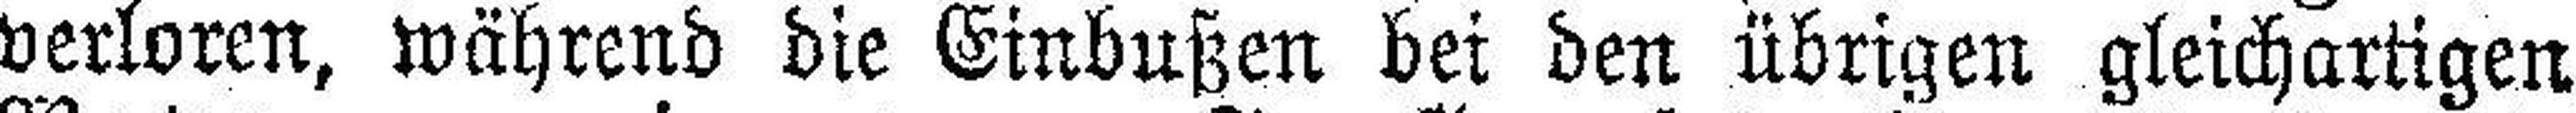
verloren, während die Einbußen bei den übrigen gleichartigen